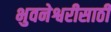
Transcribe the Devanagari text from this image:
भुवनेश्वरीसाठी